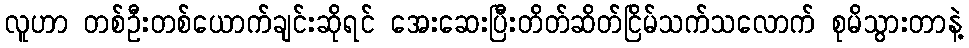
လူဟာ တစ်ဦးတစ်ယောက်ချင်းဆိုရင် အေးဆေးပြီးတိတ်ဆိတ်ငြိမ်သက်သလောက် စုမိသွားတာနဲ့